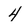
Character: 4